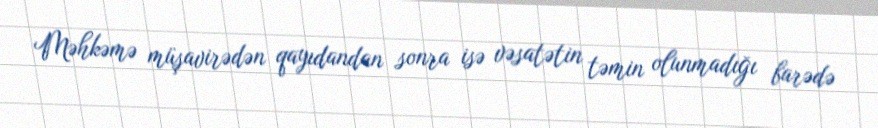
Məhkəmə müşavirədən qayıdandan sonra isə vəsatətin təmin olunmadığı barədə